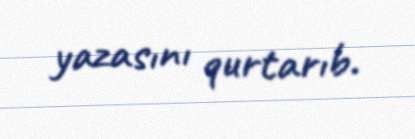
yazasını qurtarıb.